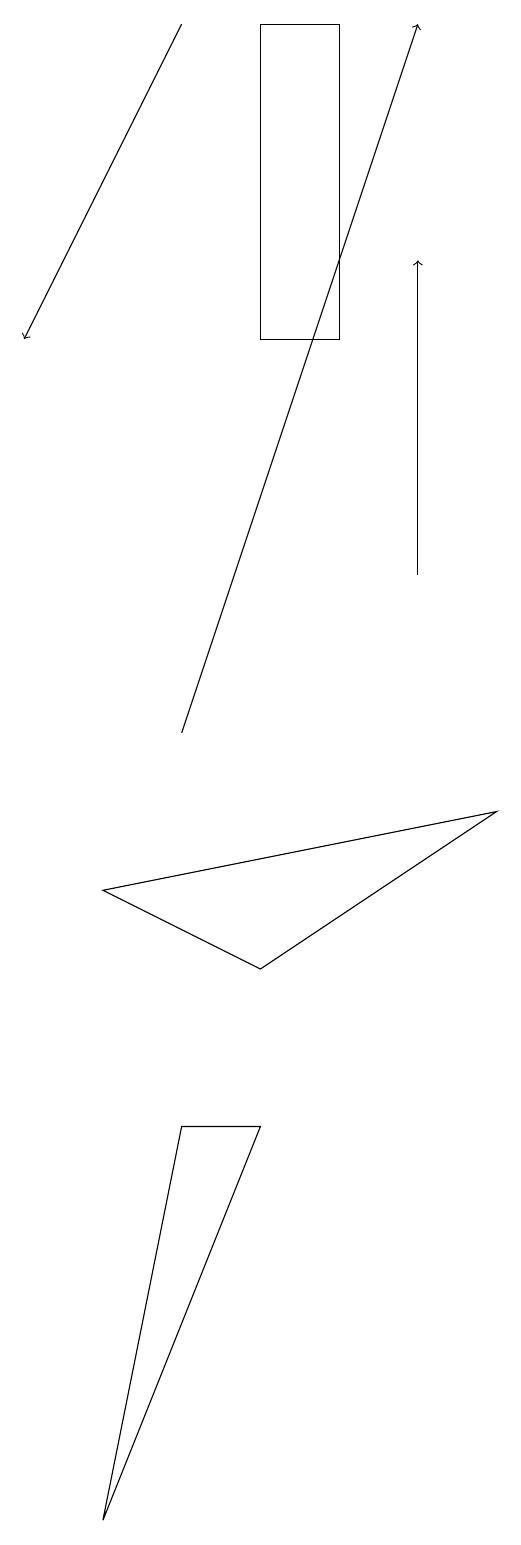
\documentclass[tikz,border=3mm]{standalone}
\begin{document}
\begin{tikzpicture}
\draw (1,8) -- (3,7) -- (6,9) -- cycle;
\draw[->] (5,12) -- (5,16);
\draw (4,15) rectangle (3,19);
\draw[->] (2,19) -- (0,15);
\draw[->] (2,10) -- (5,19);
\draw (2,5) -- (3,5) -- (1,0) -- cycle;
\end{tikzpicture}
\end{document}